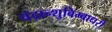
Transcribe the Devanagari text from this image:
चंद्रान्शुबिम्बाधरी